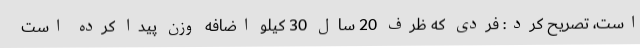
است، تصریح کرد: فردی که ظرف 20 سال 30 کیلو اضافه وزن پیدا کرده است